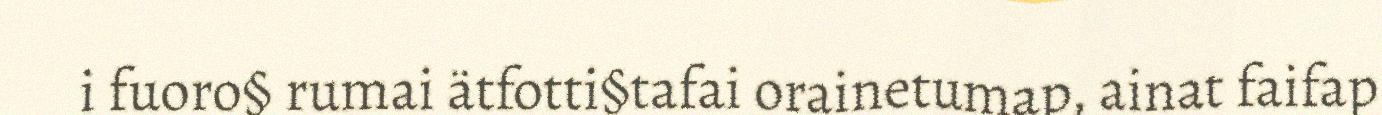
i fuoro§ rumai ätfotti§tafai orainetumap, ainat faifap